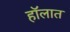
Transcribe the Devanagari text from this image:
हॉलात